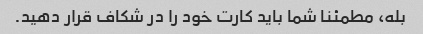
بله، مطمئنا شما باید کارت خود را در شکاف قرار دهید.